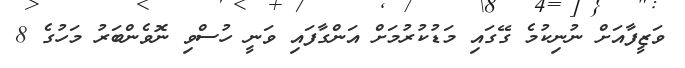
ވަޒީފާއަށް ނުނިކުމެ ގޭގައި މަޑުކުރުމަށް އަންގާފައި ވަނީ ހުސްވި ނޮވެންބަރު މަހުގެ 8